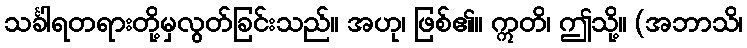
သင်္ခါရတရားတို့မှလွတ်ခြင်းသည်။ အဟု၊ ဖြစ်၏။ ဣတိ၊ ဤသို့။ (အဘာသိ၊